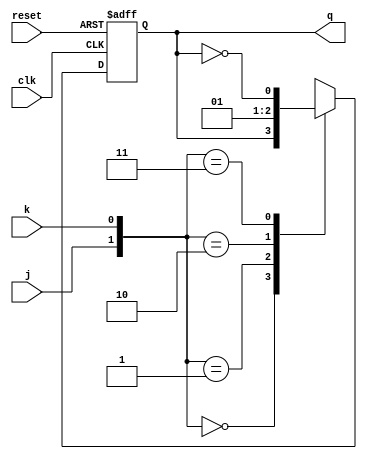
module jkff (
    j, k, q, clk, reset
);
input j, k, clk, reset;
output reg q;
always @(posedge clk or posedge reset) begin
    if (reset)
        q<=1'b0;
    else begin
        case ({j, k})
            2'b00: q<=q;
            2'b01: q<=1'b0;
            2'b10: q<=1'b1;
            2'b11: q<=~q;
        endcase
    end
end
endmodule

module q1 (
    a, clk, reset
);
input clk, reset;
output [2:0] a;
jkff s0(a[1],(a[1]&a[0]), a[2], clk, reset);
jkff s1(a[0], (~a[2]|a[0]), a[1], clk, reset);
jkff s2((a[2]|~a[1]), 1'b1, a[0], clk, reset);
endmodule